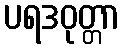
ပရဒဝုတ္တာ